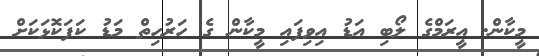
މީކާން. އީރަމްގެ ލޯބި އަޑު އިވިފައި މީކާން ގެ ހަރުހިތް މަޑު ކަފަކޮޅަކަށް